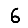
Digit: 6